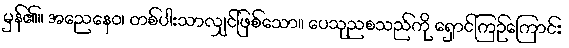
မှန်၏။ အညေနေဝ၊ တစ်ပါးသာလျှင်ဖြစ်သော။ ပေသုညစသည်ကို ရှောင်ကြဉ်ကြောင်း